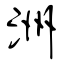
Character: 洲